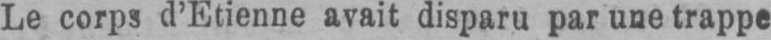
Le corps d’Etienne avait disparu par une trappe